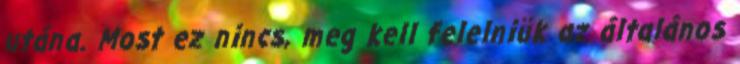
utána. Most ez nincs, meg kell felelniük az általános